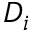
D _ { i }